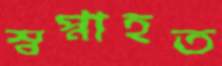
স্বপ্নাহত